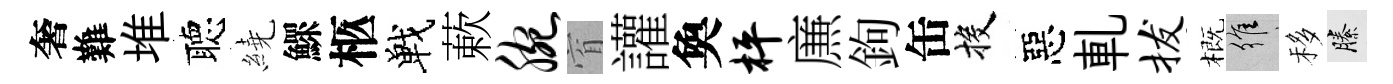
奢難堆聴繞鰥柩戰蔌腕窅讙奐枰㢘鉤缶投惡軋拔概維移縢